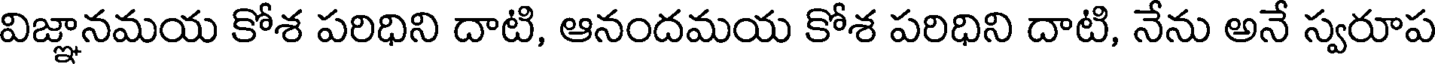
విజ్ఞానమయ కోశ పరిధిని దాటి, ఆనందమయ కోశ పరిధిని దాటి, నేను అనే స్వరూప